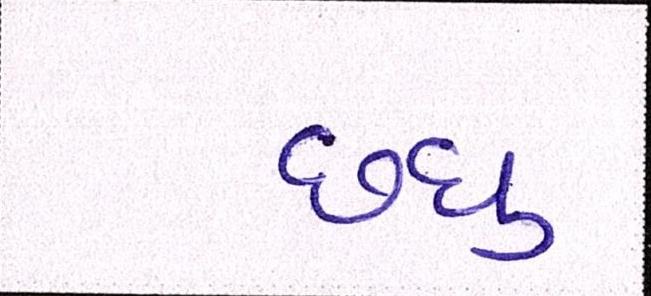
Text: છધુ